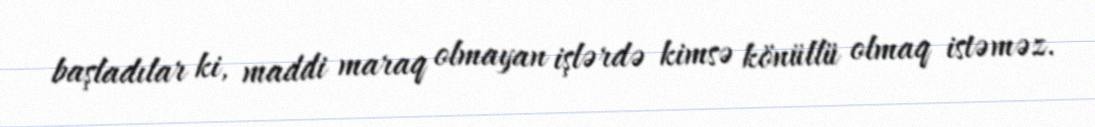
başladılar ki, maddi maraq olmayan işlərdə kimsə könüllü olmaq istəməz.